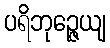
ပရိဘုဉ္ဇေယျ